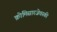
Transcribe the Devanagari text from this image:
क्रोमिसारजेवस्की